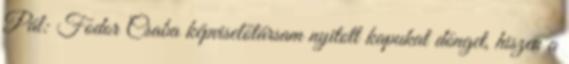
Pál: Fodor Csaba képviselőtársam nyitott kapukat dönget, hiszen a